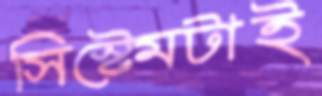
সিস্টেমটাই